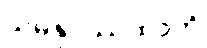
သမနုပဿထာတိ